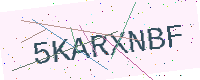
Text: 5KARXNBF